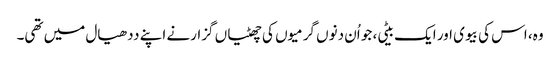
وہ، اس کی بیوی اور ایک بیٹی، جو اُن دنوں گرمیوں کی چھٹیاں گزارنے اپنے ددھیال میں تھی۔